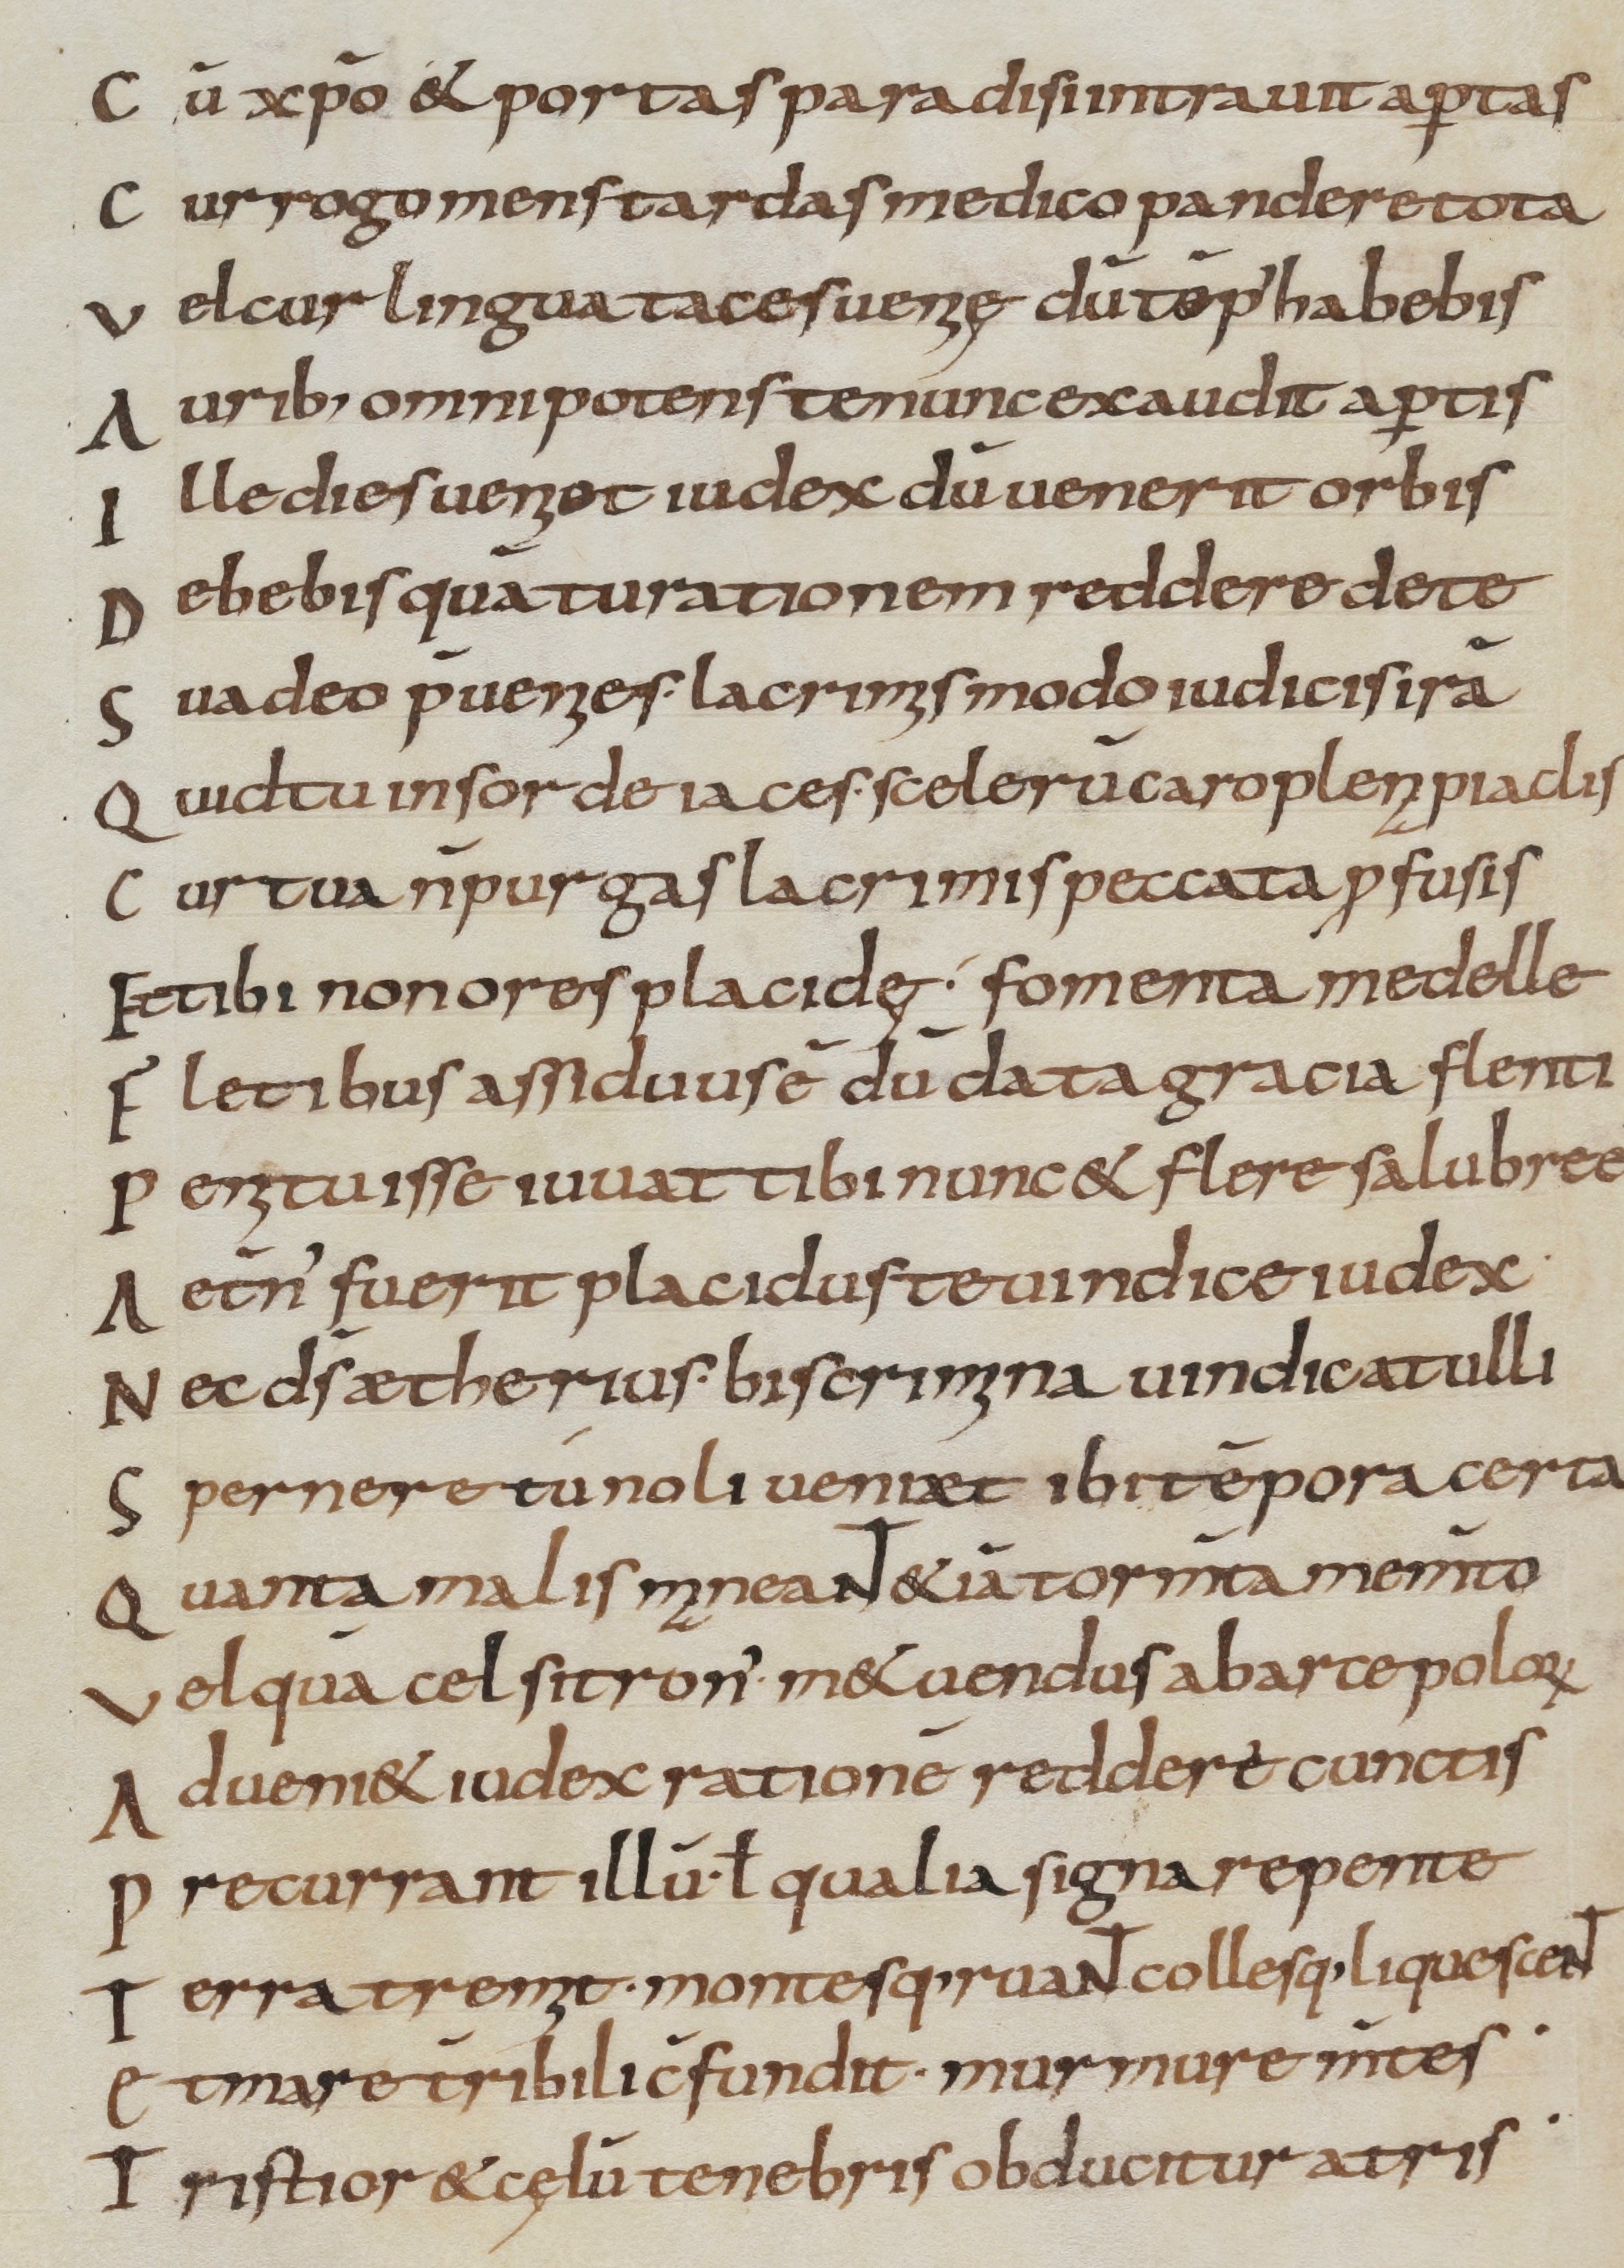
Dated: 800–999